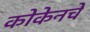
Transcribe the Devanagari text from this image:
कोकेनचे